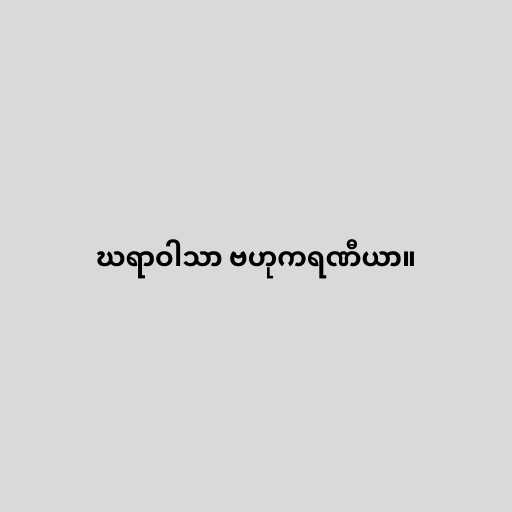
ဃရာဝါသာ ဗဟုကရဏီယာ။